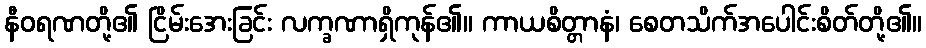
နီဝရဏတို့၏ ငြိမ်းအေးခြင်း လက္ခဏာရှိကုန်၏။ ကာယစိတ္တာနံ၊ စေတသိက်အပေါင်းစိတ်တို့၏။